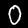
Digit: 0